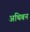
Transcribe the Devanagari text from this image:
अथिबन